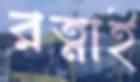
রত্নাই